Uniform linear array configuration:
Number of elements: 32
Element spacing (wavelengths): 0.25
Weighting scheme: blackman
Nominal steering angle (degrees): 15
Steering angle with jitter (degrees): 13.165
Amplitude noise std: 0.05
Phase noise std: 0.05

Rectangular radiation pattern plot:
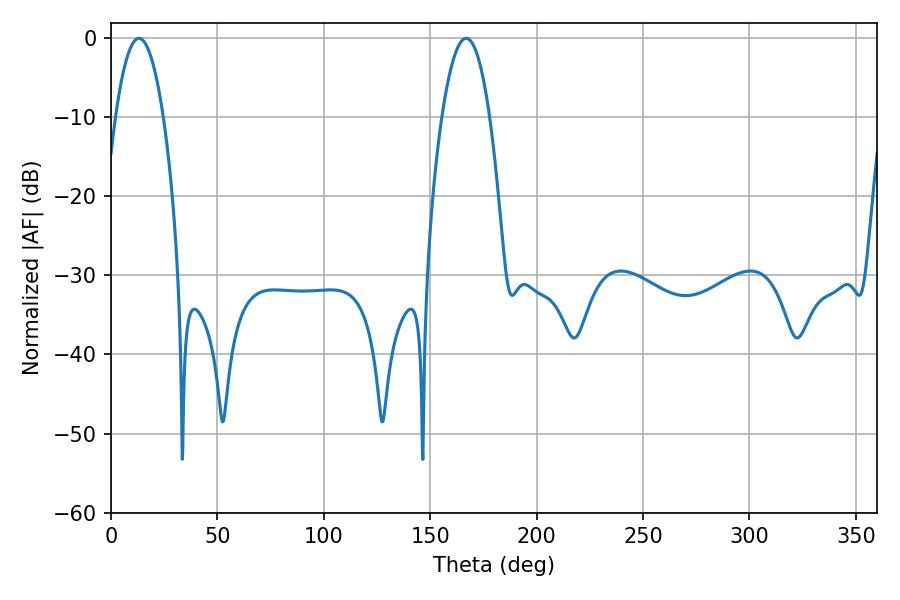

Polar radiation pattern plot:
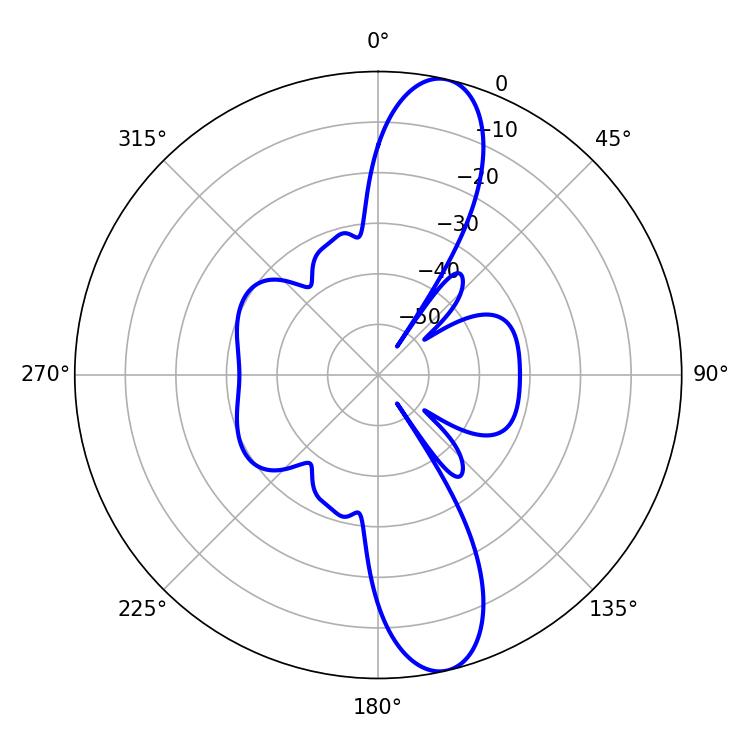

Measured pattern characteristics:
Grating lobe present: FALSE
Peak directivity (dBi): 12.802
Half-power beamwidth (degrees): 12.42
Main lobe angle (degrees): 13.14